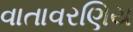
વાતાવરણિય